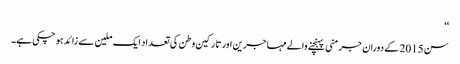
‘‘
سن 2015 کے دوران جرمنی پہنچنے والے مہاجرین اور تارکین وطن کی تعداد ایک ملین سے زائد ہو چکی ہے۔